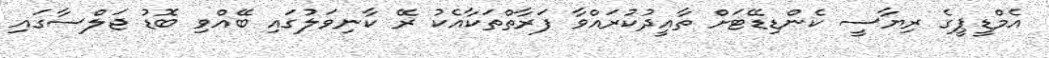
އެމްޑީޕީގެ ރިޔާސީ ކެންޑިޑޭޓަށް ތާއީދުކުރައްވާ ފަރާތްތަކާއެކު ރޭ ކާނިވަލުގައި ބޭއްވި ބޮޑު ޖަލްސާގައި